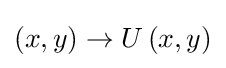
\left(x,y\right)\to U\left(x,y\right)